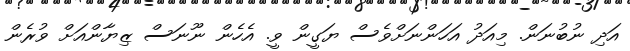
އަދި ނުބުނަން. މިއަދު އަހަންނަށްވެސް ޔަގީން ވީ. އެހެން ނޫނަސް ޒިޔާންއަށް ވުރެން